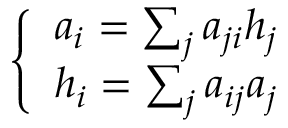
\left\{ \begin{array} { r } { a _ { i } = \sum _ { j } a _ { j i } h _ { j } } \\ { h _ { i } = \sum _ { j } a _ { i j } a _ { j } } \end{array} \right.